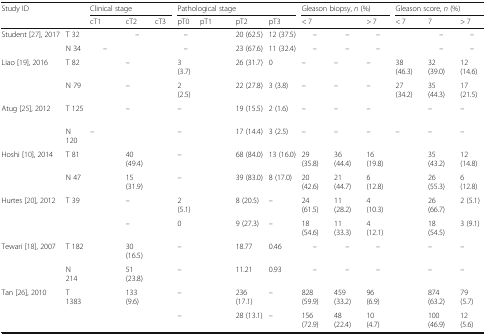
<table><thead><tr><td rowspan="2"><b>Study ID</b></td><td rowspan="2">[EMPTY_CELL]</td><td colspan="3"><b>Clinical stage</b></td><td colspan="4"><b>Pathological stage</b></td><td colspan="3"><b>Gleason biopsy, <i>n</i> (%)</b></td><td colspan="3"><b>Gleason score, <i>n</i> (%)</b></td></tr><tr><td><b>cT1</b></td><td><b>cT2</b></td><td><b>cT3</b></td><td><b>pT0</b></td><td><b>pT1</b></td><td><b>pT2</b></td><td><b>pT3</b></td><td><b>&lt; 7</b></td><td>[EMPTY_CELL]</td><td><b>&gt; 7</b></td><td><b>&lt; 7</b></td><td><b>7</b></td><td><b>&gt; 7</b></td></tr></thead><tbody><tr><td>Student [27], 2017</td><td>T 32</td><td>[EMPTY_CELL]</td><td>–</td><td>[EMPTY_CELL]</td><td>–</td><td>[EMPTY_CELL]</td><td>20 (62.5)</td><td>12 (37.5)</td><td>–</td><td>–</td><td>–</td><td>[EMPTY_CELL]</td><td>–</td><td>–</td></tr><tr><td>[EMPTY_CELL]</td><td>N 34</td><td>–</td><td>[EMPTY_CELL]</td><td>[EMPTY_CELL]</td><td>–</td><td>[EMPTY_CELL]</td><td>23 (67.6)</td><td>11 (32.4)</td><td>–</td><td>–</td><td>–</td><td>[EMPTY_CELL]</td><td>–</td><td>–</td></tr><tr><td>Liao [19], 2016</td><td>T 82</td><td>[EMPTY_CELL]</td><td>–</td><td>[EMPTY_CELL]</td><td>3 (3.7)</td><td>[EMPTY_CELL]</td><td>26 (31.7)</td><td>0</td><td>–</td><td>–</td><td>–</td><td>38 (46.3)</td><td>32 (39.0)</td><td>12 (14.6)</td></tr><tr><td>[EMPTY_CELL]</td><td>N 79</td><td>[EMPTY_CELL]</td><td>–</td><td>[EMPTY_CELL]</td><td>2 (2.5)</td><td>[EMPTY_CELL]</td><td>22 (27.8)</td><td>3 (3.8)</td><td>–</td><td>–</td><td>–</td><td>27 (34.2)</td><td>35 (44.3)</td><td>17 (21.5)</td></tr><tr><td>Atug [25], 2012</td><td>T 125</td><td>[EMPTY_CELL]</td><td>–</td><td>[EMPTY_CELL]</td><td>–</td><td>[EMPTY_CELL]</td><td>19 (15.5)</td><td>2 (1.6)</td><td>–</td><td>–</td><td>–</td><td>[EMPTY_CELL]</td><td>–</td><td>–</td></tr><tr><td>[EMPTY_CELL]</td><td>N 120</td><td>–</td><td>[EMPTY_CELL]</td><td>[EMPTY_CELL]</td><td>–</td><td>[EMPTY_CELL]</td><td>17 (14.4)</td><td>3 (2.5)</td><td>–</td><td>–</td><td>–</td><td>–</td><td>–</td><td>–</td></tr><tr><td>Hoshi [10], 2014</td><td>T 81</td><td>[EMPTY_CELL]</td><td>40 (49.4)</td><td>[EMPTY_CELL]</td><td>–</td><td>[EMPTY_CELL]</td><td>68 (84.0)</td><td>13 (16.0)</td><td>29 (35.8)</td><td>36 (44.4)</td><td>16 (19.8)</td><td>[EMPTY_CELL]</td><td>35 (43.2)</td><td>12 (14.8)</td></tr><tr><td>[EMPTY_CELL]</td><td>N 47</td><td>[EMPTY_CELL]</td><td>15 (31.9)</td><td>[EMPTY_CELL]</td><td>–</td><td>[EMPTY_CELL]</td><td>39 (83.0)</td><td>8 (17.0)</td><td>20 (42.6)</td><td>21 (44.7)</td><td>6 (12.8)</td><td>[EMPTY_CELL]</td><td>26 (55.3)</td><td>6 (12.8)</td></tr><tr><td>Hurtes [20], 2012</td><td>T 39</td><td>[EMPTY_CELL]</td><td>–</td><td>[EMPTY_CELL]</td><td>2 (5.1)</td><td>[EMPTY_CELL]</td><td>8 (20.5)</td><td>–</td><td>24 (61.5)</td><td>11 (28.2)</td><td>4 (10.3)</td><td>[EMPTY_CELL]</td><td>26 (66.7)</td><td>2 (5.1)</td></tr><tr><td>[EMPTY_CELL]</td><td>[EMPTY_CELL]</td><td>[EMPTY_CELL]</td><td>–</td><td>[EMPTY_CELL]</td><td>0</td><td>[EMPTY_CELL]</td><td>9 (27.3)</td><td>–</td><td>18 (54.6)</td><td>11 (33.3)</td><td>4 (12.1)</td><td>[EMPTY_CELL]</td><td>18 (54.5)</td><td>3 (9.1)</td></tr><tr><td>Tewari [18], 2007</td><td>T 182</td><td>[EMPTY_CELL]</td><td>30 (16.5)</td><td>[EMPTY_CELL]</td><td>–</td><td>[EMPTY_CELL]</td><td>18.77</td><td>0.46</td><td>–</td><td>–</td><td>–</td><td>[EMPTY_CELL]</td><td>–</td><td>–</td></tr><tr><td>[EMPTY_CELL]</td><td>N 214</td><td>[EMPTY_CELL]</td><td>51 (23.8)</td><td>[EMPTY_CELL]</td><td>–</td><td>[EMPTY_CELL]</td><td>11.21</td><td>0.93</td><td>–</td><td>–</td><td>–</td><td>[EMPTY_CELL]</td><td>–</td><td>–</td></tr><tr><td>Tan [26], 2010</td><td>T 1383</td><td>[EMPTY_CELL]</td><td>133 (9.6)</td><td>[EMPTY_CELL]</td><td>–</td><td>[EMPTY_CELL]</td><td>236 (17.1)</td><td>–</td><td>828 (59.9)</td><td>459 (33.2)</td><td>96 (6.9)</td><td>[EMPTY_CELL]</td><td>874 (63.2)</td><td>79 (5.7)</td></tr><tr><td>[EMPTY_CELL]</td><td>[EMPTY_CELL]</td><td>[EMPTY_CELL]</td><td>[EMPTY_CELL]</td><td>[EMPTY_CELL]</td><td>–</td><td>[EMPTY_CELL]</td><td>28 (13.1)</td><td>–</td><td>156 (72.9)</td><td>48 (22.4)</td><td>10 (4.7)</td><td>[EMPTY_CELL]</td><td>100 (46.9)</td><td>12 (5.6)</td></tr></tbody></table>